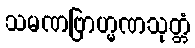
သမဏဗြာဟ္မဏသုတ္တံ